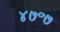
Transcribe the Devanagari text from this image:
४७॰७